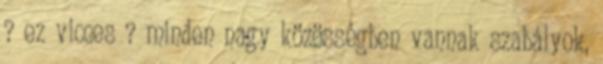
? ez vicces ? minden nagy közösségben vannak szabályok,